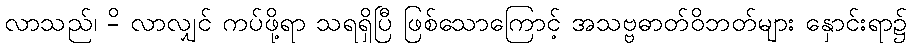
လာသည်၊ -ိ လာလျှင် ကပ်ဖို့ရာ သရရှိပြီ ဖြစ်သောကြောင့် အသဗ္ဗဓာတ်ဝိဘတ်များ နှောင်းရာ၌